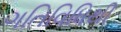
ગતિવિધિથી